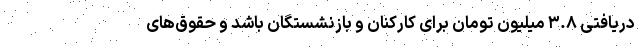
دریافتی ۳.۸ میلیون تومان برای کارکنان و بازنشستگان باشد و حقوق‌‌های